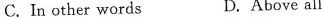
C.In other words D.Above all